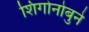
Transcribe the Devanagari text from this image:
शिगोनोबुने